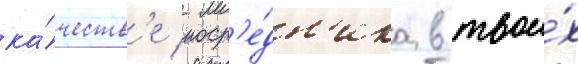
ка́честв'е поср'е́дн'ика в твои́х